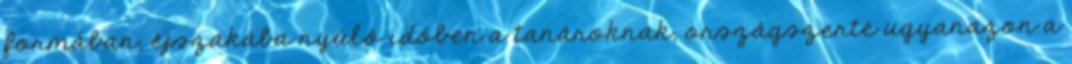
formában, éjszakába nyúló időben a tanároknak, országszerte ugyanazon a